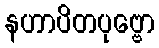
နဟာပိတပုဗ္ဗော